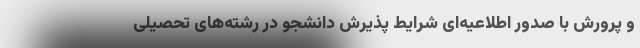
و پرورش با صدور اطلاعیه‌ای شرایط پذیرش دانشجو در رشته‌های تحصیلی